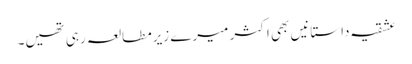
عشقیہ داستانیں بھی اکثر میرے زیرمطالعہ رہی تھیں۔